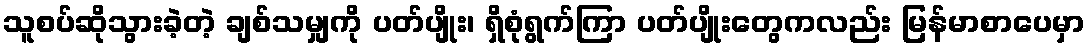
သူစပ်ဆိုသွားခဲ့တဲ့ ချစ်သမျှကို ပတ်ပျိုး၊ ရှိစုံရွက်ကြာ ပတ်ပျိုးတွေကလည်း မြန်မာစာပေမှာ